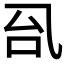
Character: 𰀼